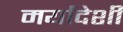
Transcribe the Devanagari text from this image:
मर्यादेशी